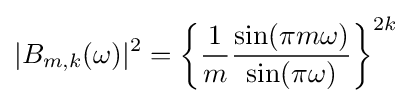
|B_{m,k}(\omega )|^{2}=\left\{{\frac {1}{m}}{\frac {\sin(\pi m\omega )}{\sin(\pi \omega )}}\right\}^{2k}